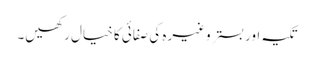
تکیہ اور بستر وغیرہ کی صفائی کا خیال رکھیں۔